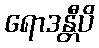
ရောဒန္တီပိ